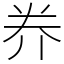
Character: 奍